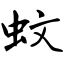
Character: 蚊